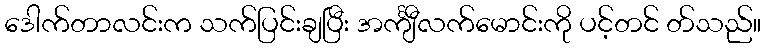
ဒေါက်တာလင်းက သက်ပြင်းချပြီး အင်္ကျီလက်မောင်းကို ပင့်တင် တ်သည်။